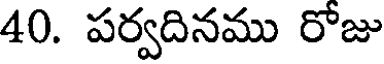
40. పర్వదినము రోజు